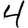
Digit: 4